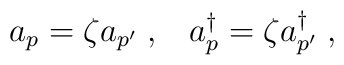
a_p = \zeta a_{p'} \;,\;\;\;a_p^\dagger = \zeta a_{p'}^\dagger \;,